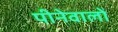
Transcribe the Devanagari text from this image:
पीनेवालों